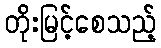
တိုးမြင့်စေသည့်